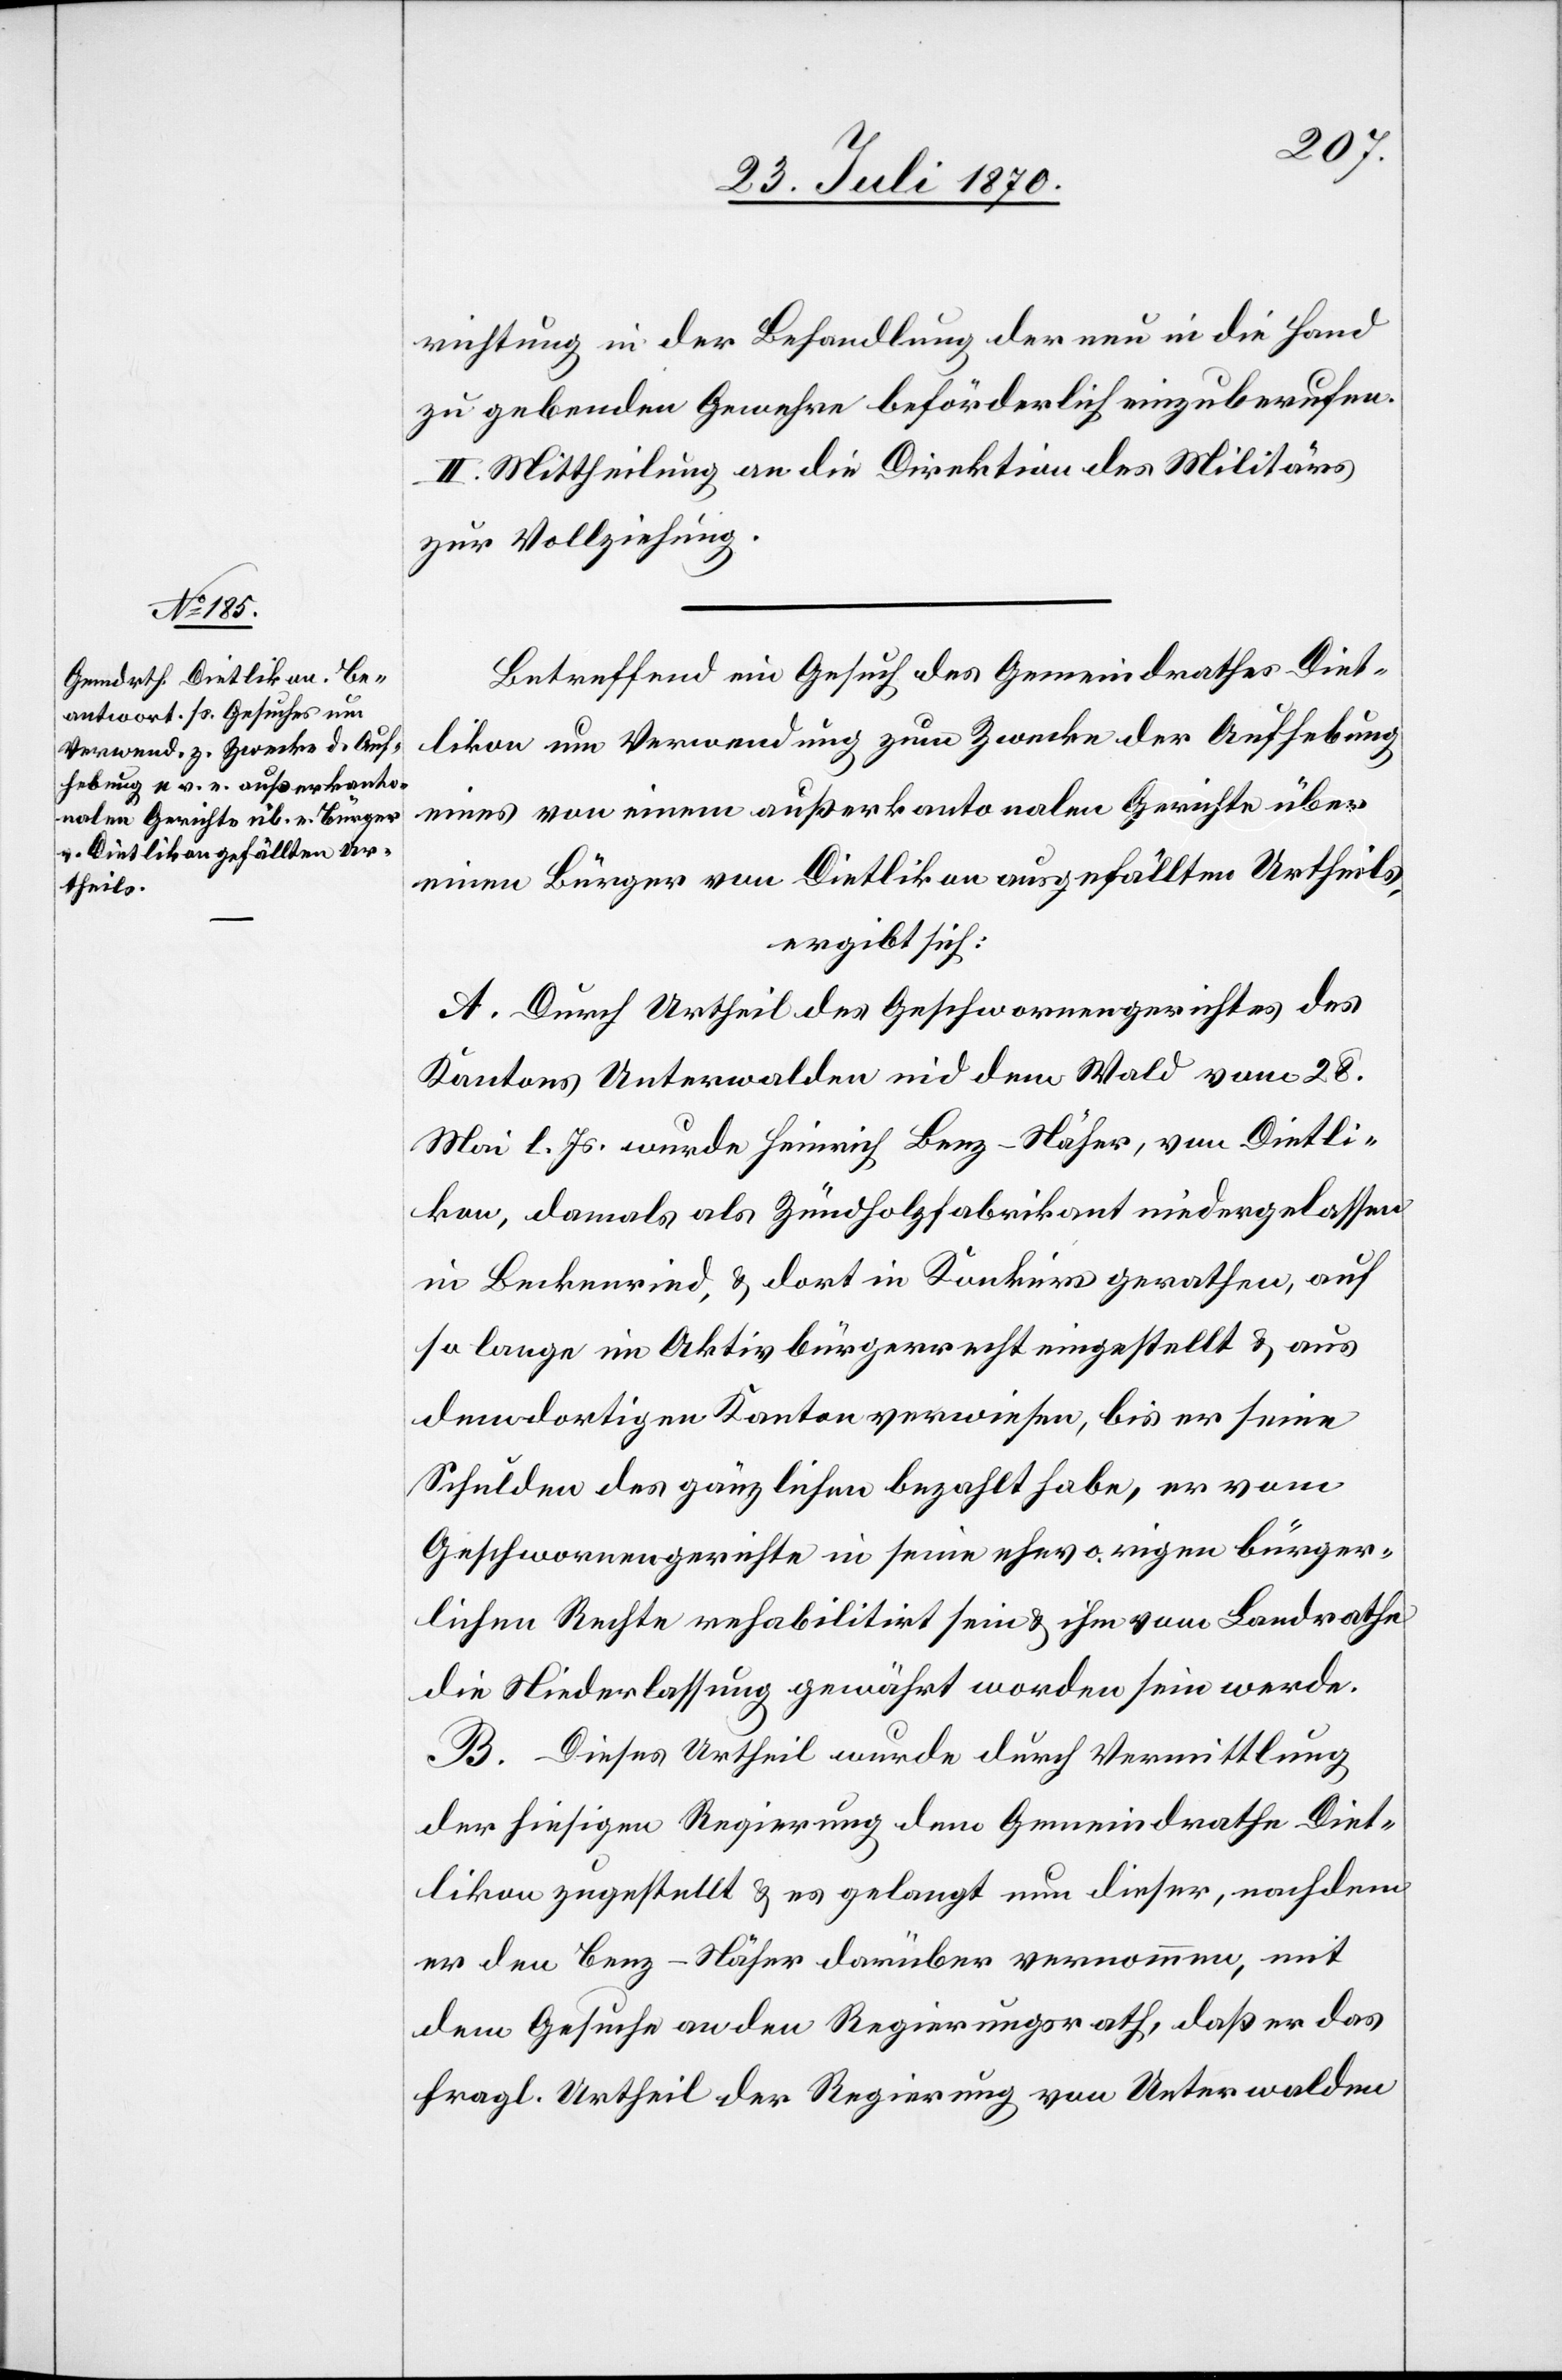
richtung in der Behandlung der neu in die Hand
zu gebenden Gewehre beförderlich einzuberufen.
II. Mittheilung an die Direktion des Militärs
zur Vollziehung.
Betreffend ein Gesuch des Gemeindrathes Diet¬
likon um Verwendung zum Zwecke der Aufhebung
eines von einem außerkantonalen Gerichte über
einen Bürger von Dietlikon ausgefällten Urtheils,
ergibt sich:
A. Durch Urtheil des Geschworenengerichtes des
Kantons Unterwalden nid dem Wald vom 28.
Mai l. Js. wurde Heinrich Benz-Näher, von Dietli¬
kon, damals als Zündholzfabrikant niedergelassen
in Beckenried, & dort in Konkurs gerathen, auf
so lange im Aktivbürgerrecht eingestellt & aus
dem dortigen Kanton verwiesen, bis er seine
Schulden des gänzlichen bezahlt habe, er vom
Geschworenengerichte in seine ehevorigen bürger¬
lichen Rechte rehabilitirt sein & ihm vom Landrathe
die Niederlassung gewährt worden sein werde.
B. Dieses Urtheil wurde durch Vermittlung
der hiesigen Regierung dem Gemeindrathe Diet¬
likon zugestellt & es gelangt nun dieser, nachdem
er den Benz-Näher darüber vernommen, mit
dem Gesuche an den Regierungsrath, daß er das
fragl. Urtheil der Regierung von Unterwalden